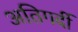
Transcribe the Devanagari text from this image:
अतिगर्दी